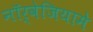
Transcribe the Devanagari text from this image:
नॉर्वेजियामे